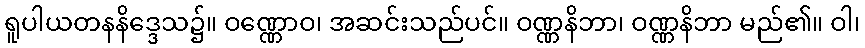
ရူပါယတနနိဒ္ဒေသ၌။ ဝဏ္ဏောဝ၊ အဆင်းသည်ပင်။ ဝဏ္ဏနိဘာ၊ ဝဏ္ဏနိဘာ မည်၏။ ဝါ၊